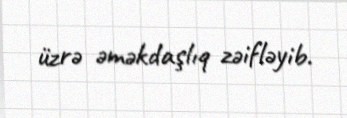
üzrə əməkdaşlıq zəifləyib.